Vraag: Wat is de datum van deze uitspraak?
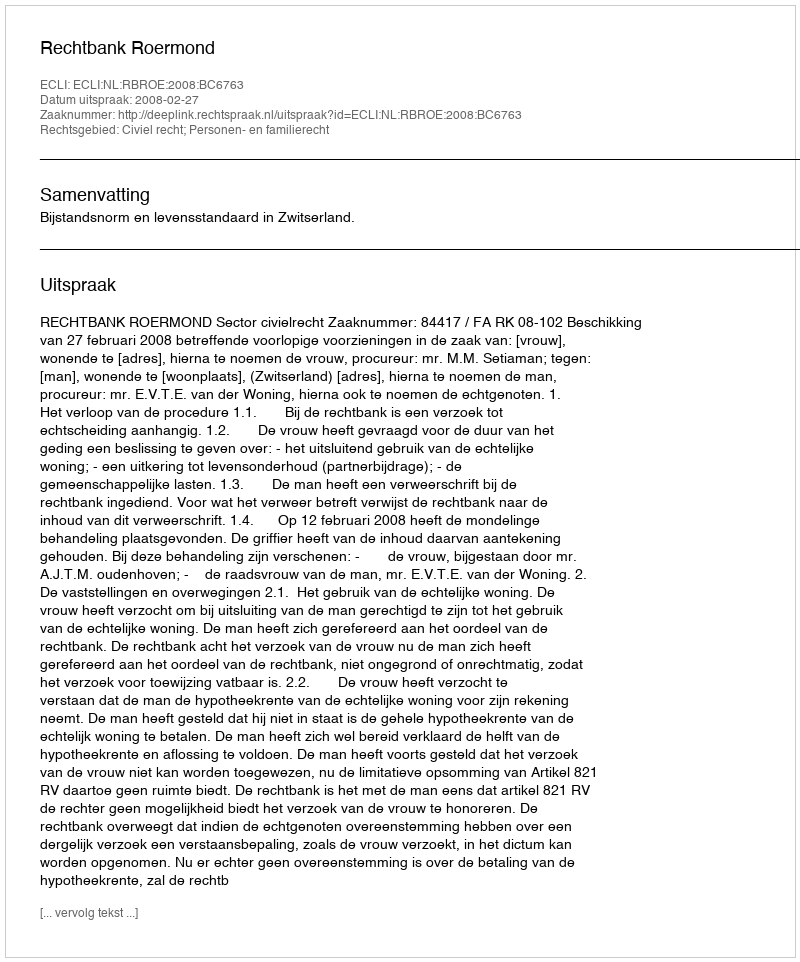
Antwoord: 2008-02-27